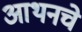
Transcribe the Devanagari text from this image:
आथनचे